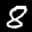
Label: 8